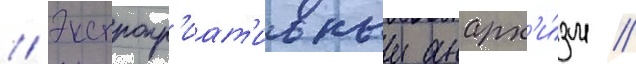
// Экспропр'иат'ивныи анарх'и́зм //